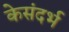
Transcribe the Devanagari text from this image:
केसंदर्भ